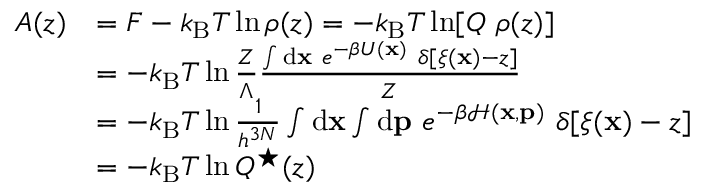
\begin{array} { r l } { A ( z ) } & { = F - k _ { \mathrm { B } } T \ln \rho ( z ) = - k _ { \mathrm { B } } T \ln [ Q \ \rho ( z ) ] } \\ & { = - k _ { \mathrm { B } } T \ln \frac { Z } { \Lambda } \frac { \int \ensuremath { \mathrm { d } } \ensuremath { \mathbf { x } } \ e ^ { - \beta U ( \ensuremath { \mathbf { x } } ) } \ \delta [ \xi ( \ensuremath { \mathbf { x } } ) - z ] } { Z } } \\ & { = - k _ { \mathrm { B } } T \ln \frac { 1 } { h ^ { 3 N } } \int \ensuremath { \mathrm { d } } \ensuremath { \mathbf { x } } \int \ensuremath { \mathrm { d } } \ensuremath { \mathbf { p } } \ e ^ { - \beta \mathcal { H } ( \ensuremath { \mathbf { x } } , \ensuremath { \mathbf { p } } ) } \ \delta [ \xi ( \ensuremath { \mathbf { x } } ) - z ] } \\ & { = - k _ { \mathrm { B } } T \ln Q ^ { \star } ( z ) } \end{array}